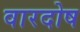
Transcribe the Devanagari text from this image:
वारदोष